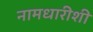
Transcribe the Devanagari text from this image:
नामधारीशी